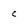
Character: C